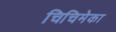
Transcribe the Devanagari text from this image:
चिचिमेका